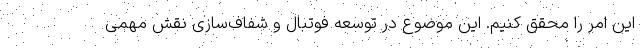
این امر را محقق کنیم. این موضوع در توسعه فوتبال و شفاف‌سازی نقش مهمی